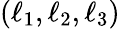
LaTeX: (\ell_{1},\ell_{2},\ell_{3})